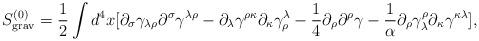
LaTeX: \begin{align*}S^{(0)}_{\rm grav}=\frac{1}{2}\int d^4x[\partial_\sigma\gamma_{\lambda\rho}\partial^\sigma\gamma^{\lambda\rho}-\partial_\lambda\gamma^{\rho\kappa}\partial_\kappa\gamma^\lambda_\rho-\frac{1}{4}\partial_\rho\partial^\rho\gamma-\frac{1}{\alpha}\partial_\rho\gamma^\rho_\lambda\partial_\kappa\gamma^{\kappa\lambda}],\end{align*}